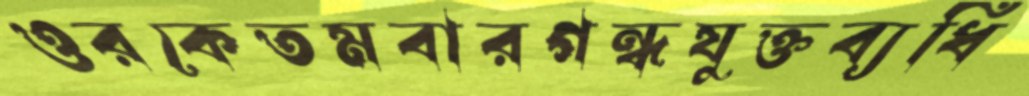
ওরকেতমবারগন্ধযুক্তব্যধি